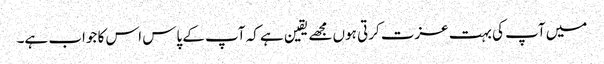
میں آپ کی بہت عزت کرتی ہوں مجھے یقین ہے کہ آپ کے پاس اس کا جواب ہے۔